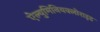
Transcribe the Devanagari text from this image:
ऐल्युमिनियक्लोराइड